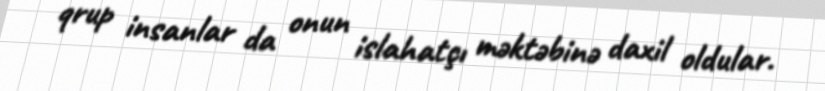
qrup insanlar da onun islahatçı məktəbinə daxil oldular.